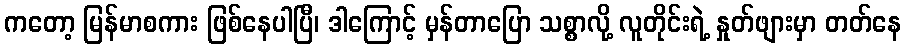
ကတော့ မြန်မာစကား ဖြစ်နေပါပြီ၊ ဒါကြောင့် မှန်တာပြော သစ္စာလို့ လူတိုင်းရဲ့ နှုတ်ဖျားမှာ တတ်နေ